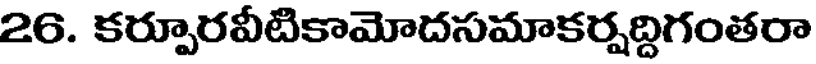
26. కర్పూరవీటికామోదసమాకర్షద్దిగంతరా